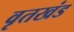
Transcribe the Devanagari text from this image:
वृतखंड